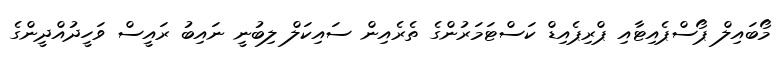
މޯބައިލް ޕޯސްޕެއިޓާއި ޕްރިޕެއިޑް ކަސްޓަމަރުންގެ ތެރެއިން ސައިކަލް ލިބުނީ ނައިބު ރައީސް ވަހީދުއްދީންގެ